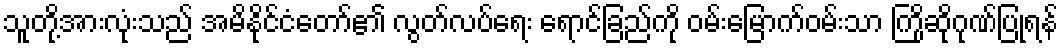
သူတို့အားလုံးသည် အမိနိုင်ငံတော်၏ လွတ်လပ်ရေး ရောင်ခြည်ကို ဝမ်းမြောက်ဝမ်းသာ ကြိုဆိုဂုဏ်ပြုရန်